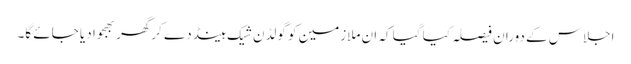
اجلاس کے دوران فیصلہ کیا گیا کہ ان ملازمین کو گولڈن شیک ہینڈ دے کرگھر بھجوا دیا جائے گا۔